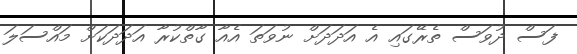
ފަސް ދުވަސް ތެރޭގައި އެ އަދަދަށް ނުވަތަ އެއާ ގާތްކުރާ އަދަދަކަށް މައްސަލަ